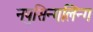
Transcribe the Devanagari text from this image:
नपुसिन्गलिन्ग